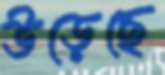
উড়েছে